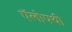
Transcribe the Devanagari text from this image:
ऍलोपथी